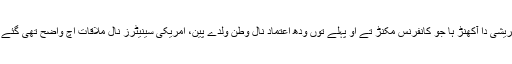
میونخ اچ میڈیا نال الویندے ہوئیں شاہ محمود قریشی دا آکھنڑ ہا جو کانفرنس مکنڑ تے او پہلے توں ودھ اعتماد نال وطن ولدے پین، امریکی سینیٹرز نال ملاقات اچ واضح تھی گئے جو او پاکستان نال انگیج تھیونڑ کوں تیار ہین۔